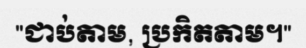
"ជាប់តាម, ប្រកិតតាម។"